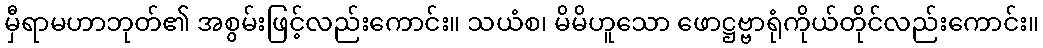
မှီရာမဟာဘုတ်၏ အစွမ်းဖြင့်လည်းကောင်း။ သယံစ၊ မိမိဟူသော ဖောဋ္ဌဗ္ဗာရုံကိုယ်တိုင်လည်းကောင်း။